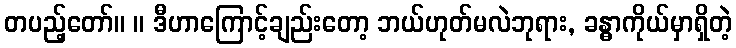
တပည့်တော်။ ။ ဒီဟာကြောင့်ချည်းတော့ ဘယ်ဟုတ်မလဲဘုရား, ခန္ဓာကိုယ်မှာရှိတဲ့